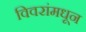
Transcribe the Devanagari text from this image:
विवरांमधून